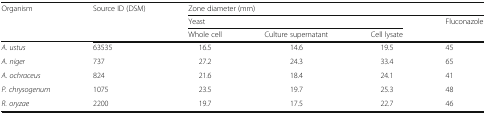
<table><thead><tr><td rowspan="3"><b>Organism</b></td><td rowspan="3"><b>Source ID (DSM)</b></td><td colspan="4"><b>Zone diameter (mm)</b></td></tr><tr><td colspan="3"><b>Yeast</b></td><td rowspan="2"><b>Fluconazole</b></td></tr><tr><td><b>Whole cell</b></td><td><b>Culture supernatant</b></td><td><b>Cell lysate</b></td></tr></thead><tbody><tr><td><i>A. ustus</i></td><td>63535</td><td>16.5</td><td>14.6</td><td>19.5</td><td>45</td></tr><tr><td><i>A. niger</i></td><td>737</td><td>27.2</td><td>24.3</td><td>33.4</td><td>65</td></tr><tr><td><i>A. ochraceus</i></td><td>824</td><td>21.6</td><td>18.4</td><td>24.1</td><td>41</td></tr><tr><td><i>P. chrysogenum</i></td><td>1075</td><td>23.5</td><td>19.7</td><td>25.3</td><td>48</td></tr><tr><td><i>R. oryzae</i></td><td>2200</td><td>19.7</td><td>17.5</td><td>22.7</td><td>46</td></tr></tbody></table>